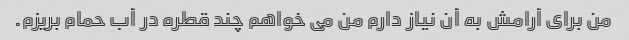
من برای آرامش به آن نیاز دارم من می خواهم چند قطره در آب حمام بریزم.